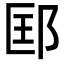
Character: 邼